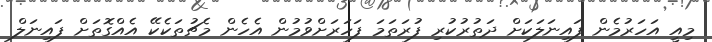
މިއީ އަހަރުމެން ފައިނަލަކަށް ދަތުރުކުރި ފުރަތަމަ ފަހަރަށްވުމުން އެހެން މެޗުތަކެކޭ އެއްގޮތަށް ފައިނަލް